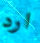
ارد